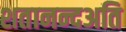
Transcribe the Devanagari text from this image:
शतानन्दअति